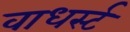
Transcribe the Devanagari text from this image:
वाधर्स्ट